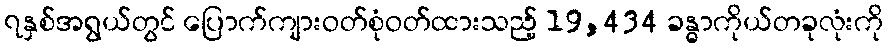
၇နှစ်အရွယ်တွင် ပြောက်ကျားဝတ်စုံဝတ်ထားသည့် 19,434 ခန္ဓာကိုယ်တခုလုံးကို